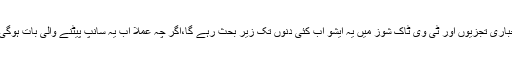
اخباری تجزیوں اور ٹی وی ٹاک شوز میں یہ ایشو اب کئی دنوں تک زیر بحث رہے گا،اگر چہ عملاً اب یہ سانپ پیٹنے والی بات ہوگی ۔